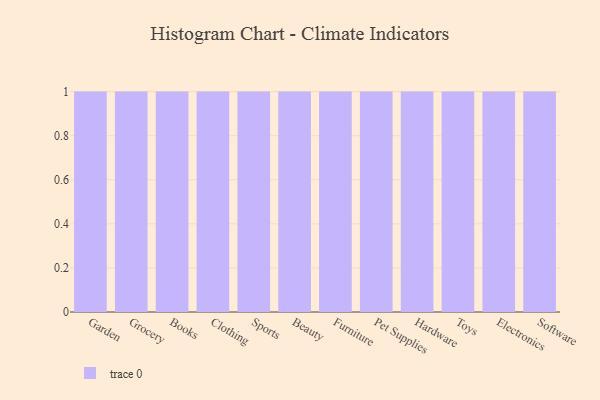
{"axis": {"x": "Category", "y": "Inventory Turnover"}, "legend": [""], "data": [{"x": "Garden", "y": 97, "type": ""}, {"x": "Grocery", "y": 1, "type": ""}, {"x": "Books", "y": 71, "type": ""}, {"x": "Clothing", "y": 9, "type": ""}, {"x": "Sports", "y": 27, "type": ""}, {"x": "Beauty", "y": 45, "type": ""}, {"x": "Furniture", "y": 58, "type": ""}, {"x": "Pet Supplies", "y": 60, "type": ""}, {"x": "Hardware", "y": 74, "type": ""}, {"x": "Toys", "y": 57, "type": ""}, {"x": "Electronics", "y": 78, "type": ""}, {"x": "Software", "y": 13, "type": ""}]}